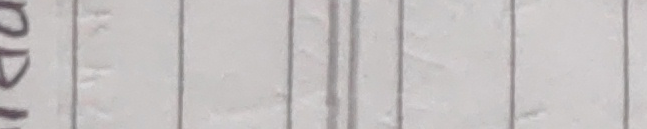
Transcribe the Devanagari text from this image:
२